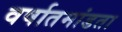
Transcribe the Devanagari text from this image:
वर्षातमांडता